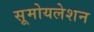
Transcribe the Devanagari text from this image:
सूमोयलेशन